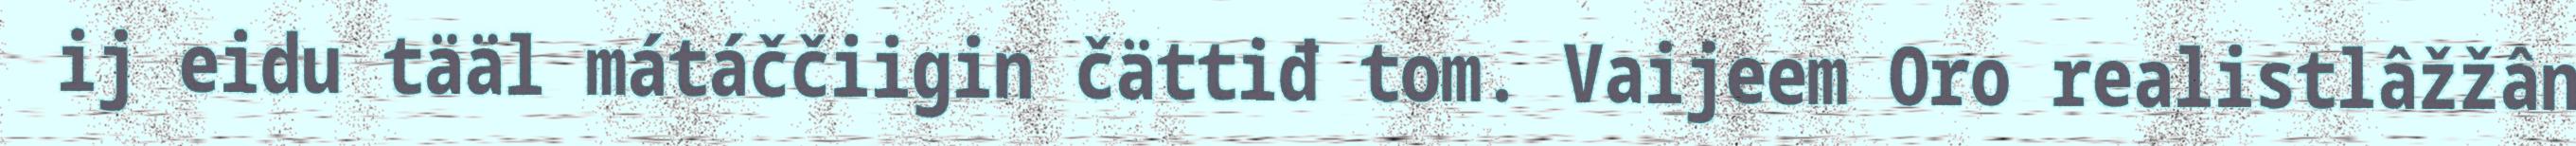
ij eidu tääl mátáččiigin čättiđ tom. Vaijeem Oro realistlâžžân